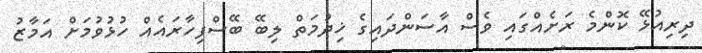
ދިރިއުޅޭ ކޮންމެ ރަށެއްގައި ވެސް އާސަންދައިގެ ޚިދުމަތް ލިބޭ ބޭސްފިހާރައެއް ހުޅުވުމަށް އަމާޒު